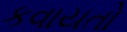
કવાયતો